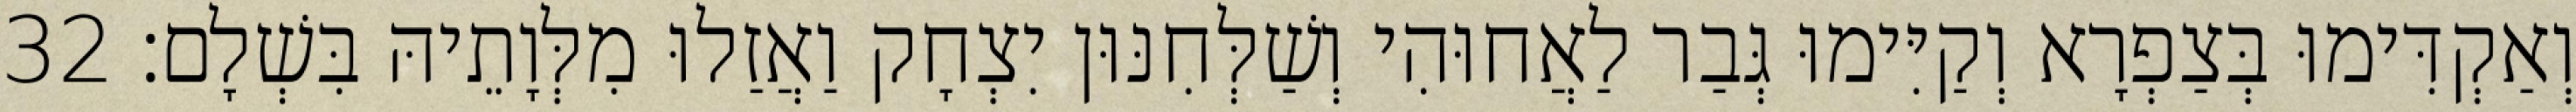
וְאַקְדִּימוּ בְּצַפְרָא וְקַיִּימוּ גְּבַר לַאֲחוּהִי וְשַׁלְּחִנּוּן יִצְחָק וַאֲזַלוּ מִלְּוָתֵיהּ בִּשְׁלָם׃ 32